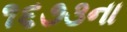
૧૬૭૩ના